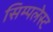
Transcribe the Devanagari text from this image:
सिम्पलेस्ट